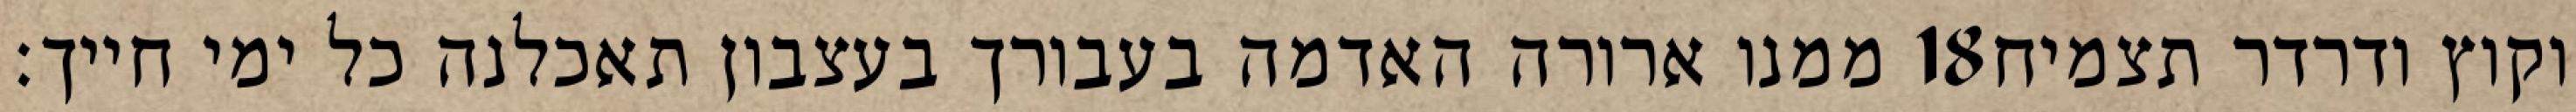
ממנו ארורה האדמה בעבורך בעצבון תאכלנה כל ימי חייך׃ ‎18‏ וקוץ ודרדר תצמיח